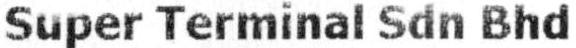
SUPER TERMINAL SDN BHD